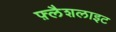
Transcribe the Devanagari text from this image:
फ़्लैशलाइट